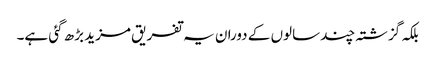
بلکہ گزشتہ چند سالوں کے دوران یہ تفریق مزید بڑھ گئی ہے۔